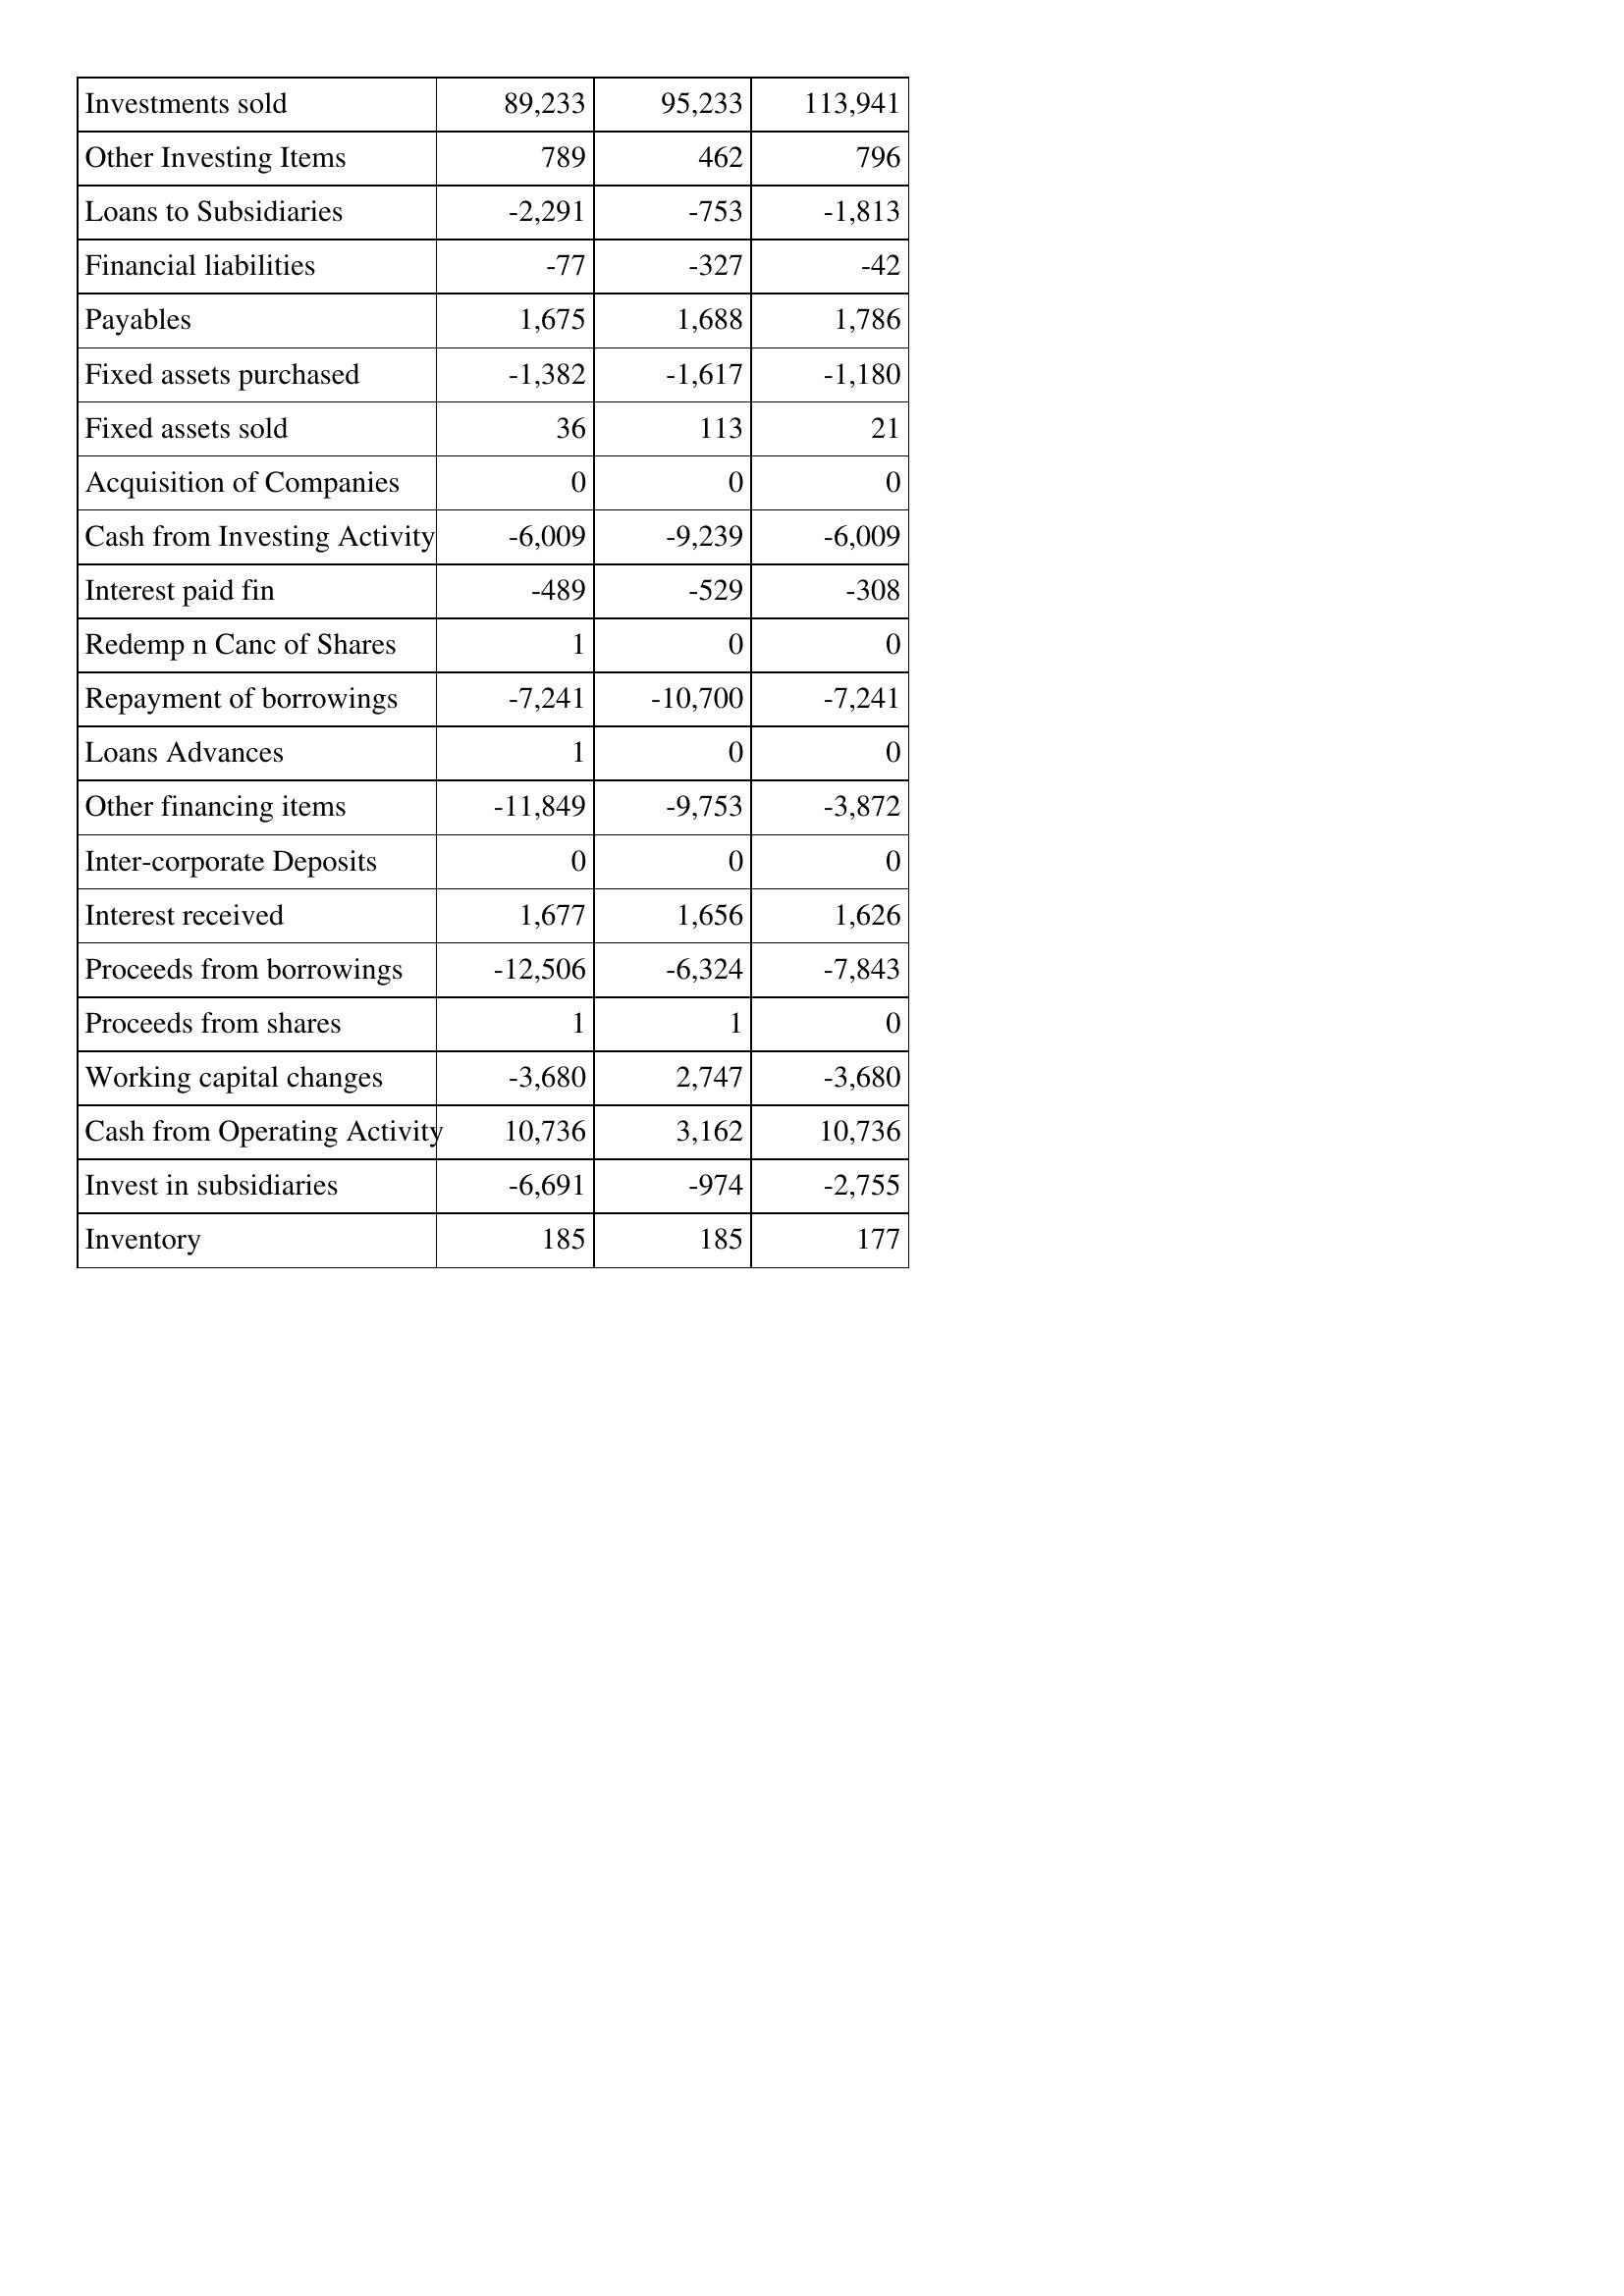
May-03: Cash Flows: Investments sold: 89,233
Other Investing Items: 789
Loans to Subsidiaries: -2,291
Financial liabilities: -77
Payables: 1,675
Fixed assets purchased: -1,382
Fixed assets sold: 36
Acquisition of Companies: 0
Cash from Investing Activity: -6,009
Interest paid fin: -489
Redemp n Canc of Shares: 1
Repayment of borrowings: -7,241
Loans Advances: 1
Other financing items: -11,849
Inter-corporate Deposits: 0
Interest received: 1,677
Proceeds from borrowings: -12,506
Proceeds from shares: 1
Working capital changes: -3,680
Cash from Operating Activity: 10,736
Invest in subsidiaries: -6,691
Inventory: 185
May-02: Cash Flows: Investments sold: 95,233
Other Investing Items: 462
Loans to Subsidiaries: -753
Financial liabilities: -327
Payables: 1,688
Fixed assets purchased: -1,617
Fixed assets sold: 113
Acquisition of Companies: 0
Cash from Investing Activity: -9,239
Interest paid fin: -529
Redemp n Canc of Shares: 0
Repayment of borrowings: -10,700
Loans Advances: 0
Other financing items: -9,753
Inter-corporate Deposits: 0
Interest received: 1,656
Proceeds from borrowings: -6,324
Proceeds from shares: 1
Working capital changes: 2,747
Cash from Operating Activity: 3,162
Invest in subsidiaries: -974
Inventory: 185
May-01: Cash Flows: Investments sold: 113,941
Other Investing Items: 796
Loans to Subsidiaries: -1,813
Financial liabilities: -42
Payables: 1,786
Fixed assets purchased: -1,180
Fixed assets sold: 21
Acquisition of Companies: 0
Cash from Investing Activity: -6,009
Interest paid fin: -308
Redemp n Canc of Shares: 0
Repayment of borrowings: -7,241
Loans Advances: 0
Other financing items: -3,872
Inter-corporate Deposits: 0
Interest received: 1,626
Proceeds from borrowings: -7,843
Proceeds from shares: 0
Working capital changes: -3,680
Cash from Operating Activity: 10,736
Invest in subsidiaries: -2,755
Inventory: 177